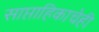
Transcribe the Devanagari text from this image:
साप्ताहिकाचेही